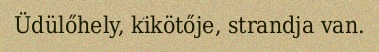
Üdülőhely, kikötője, strandja van.